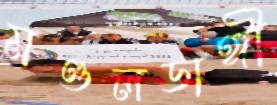
মণ্ডলডাঙ্গী